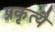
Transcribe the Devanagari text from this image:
प्रकृत्यै